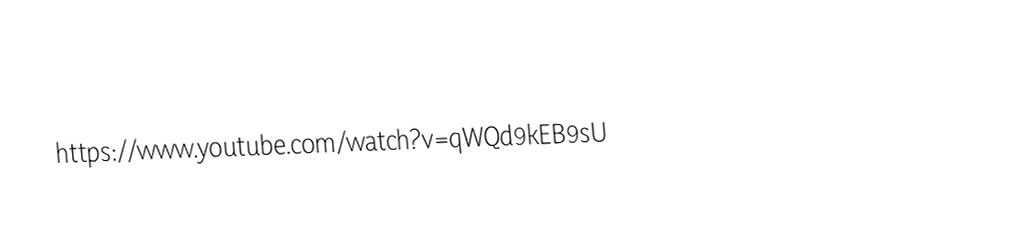
https://www.youtube.com/watch?v=qWQd9kEB9sU